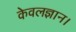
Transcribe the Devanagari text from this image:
केवलज्ञान।